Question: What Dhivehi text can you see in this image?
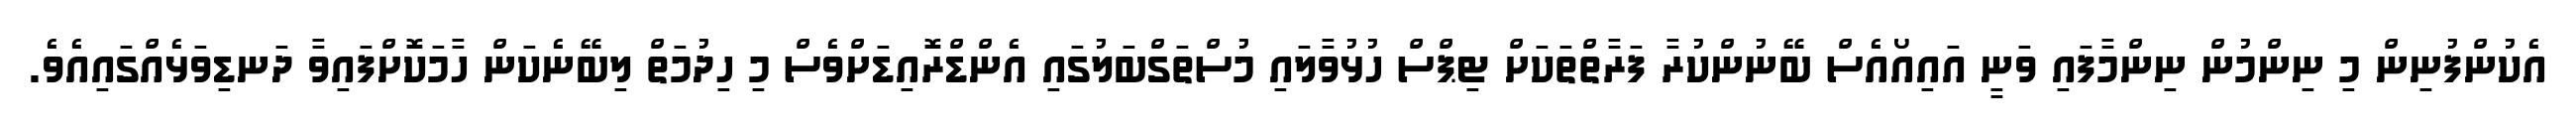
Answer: އެކުންފުނިން މި ނިންމުން ނިންމާފައި ވަނީ އައިއޯއެސް ބޭނުންކުރާ ފަރާތްތަކަށް ޓިޕްސް ހުޅުވާލައި މުސްތަގްބަލުގައި އެންޑްރޮއިޑަށްވެސް މި ހިދުމަތް ލިބޭނެކަން ހާމަކޮށްފައިވާ ދަނޑިވަޅެއްގައިއެވެ.